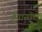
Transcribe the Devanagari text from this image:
डैनासोरों